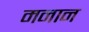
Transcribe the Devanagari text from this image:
मनान